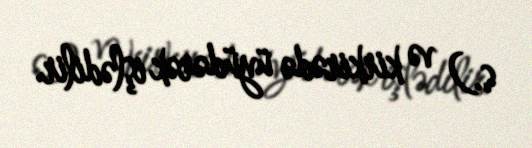
s.) və kirkirədə üyüdərək işlədilir.